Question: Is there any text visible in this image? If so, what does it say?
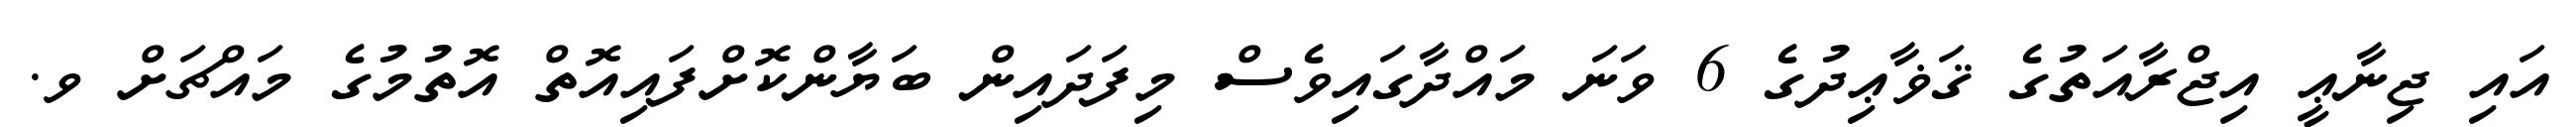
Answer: އައި ޖިނާޢީ އިޖްރާއަތުގެ ޤަޥާޢިދުގެ 6 ވަނަ މައްދާގައިވެސް މިފަދައިން ބަޔާންކޮށްފައިއޮތް އޮތުމުގެ މައްޗަށް ވ.